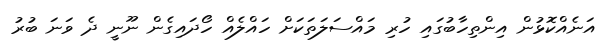
އަނެއްކޮޅުން އިންތިހާބުގައި ހުރި މައްސަލަތަކަށް ހައްލެއް ހޯދައިގެން ނޫނީ ދެ ވަނަ ބުރު